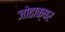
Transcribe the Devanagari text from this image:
जोढाक्षर